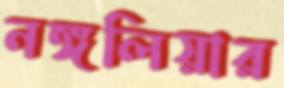
নঙ্গলিয়ার